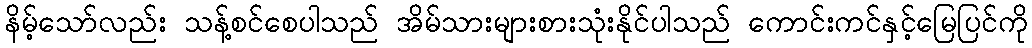
နိမ့်သော်လည်း သန့်စင်စေပါသည် အိမ်သားများစားသုံးနိုင်ပါသည် ကောင်းကင်နှင့်မြေပြင်ကို